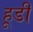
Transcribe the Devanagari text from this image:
हूडी